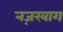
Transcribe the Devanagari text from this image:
नज़रबाग